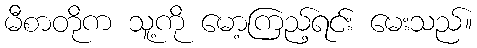
မီစာတိုက သူ့ကို မော့ကြည့်ရင်း မေးသည်။